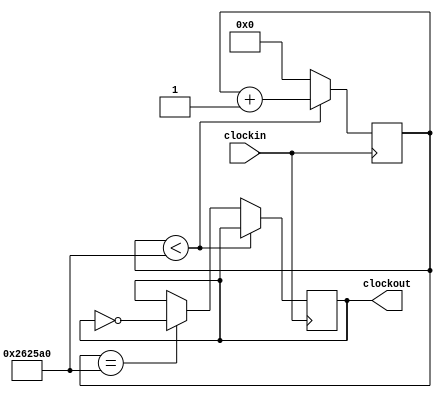
module clkdiv(
    input clockin,
    output clockout
);

reg clock = 0;
reg [24:0] count = 0;
wire [24:0] div = 2_500_000;            //changed to 0 for testbench

always @(posedge clockin)
begin
    if (count < div)
        count <= count + 1;
    else if (count == div)
    begin
        clock = ~clock;
        count = 0;
    end
    else
        count = 0;
end

assign clockout = clock;

endmodule